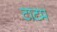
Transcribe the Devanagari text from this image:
टाटम